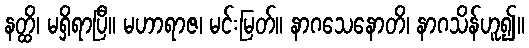
နတ္ထိ၊ မရှိရာပြီ။ မဟာရာဇ၊ မင်းမြတ်။ နာဂသေနောတိ၊ နာဂသိန်ဟူ၍။